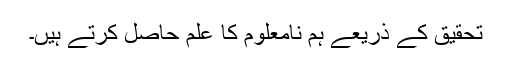
تحقیق کے ذریعے ہم نامعلوم کا علم حاصل کرتے ہیں۔